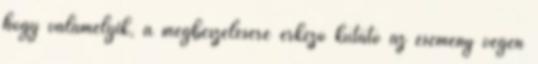
hogy valamelyik, a megbeszélésére érkező kutató az esemény végén